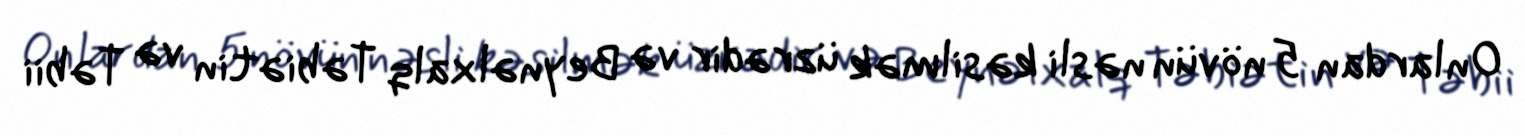
Onlardan 5 növün nəsli kəsilmək üzrədir və Beynəlxalq Təbiətin və Təbii